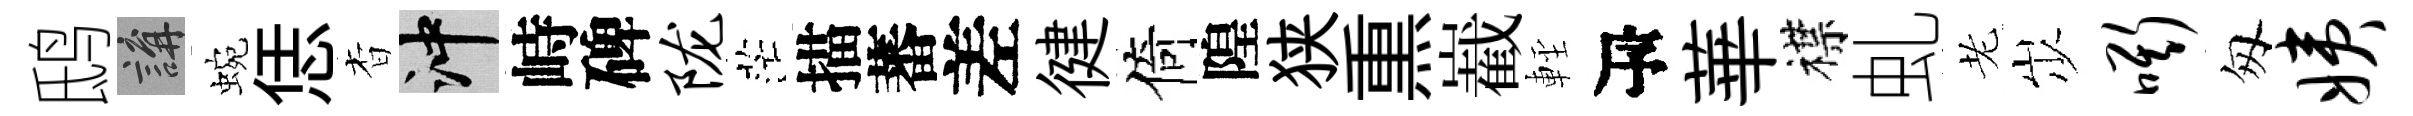
鸱講蜿恁杳冲峙碑陇茫描蕃差徤倚隍狭𤋱嶻䡖瓴華襟虬老𡵯嘶匆姨